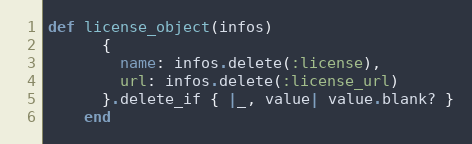
Language: Ruby
def license_object(infos)
      {
        name: infos.delete(:license),
        url: infos.delete(:license_url)
      }.delete_if { |_, value| value.blank? }
    end